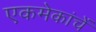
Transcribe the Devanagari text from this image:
एकमेकांचें